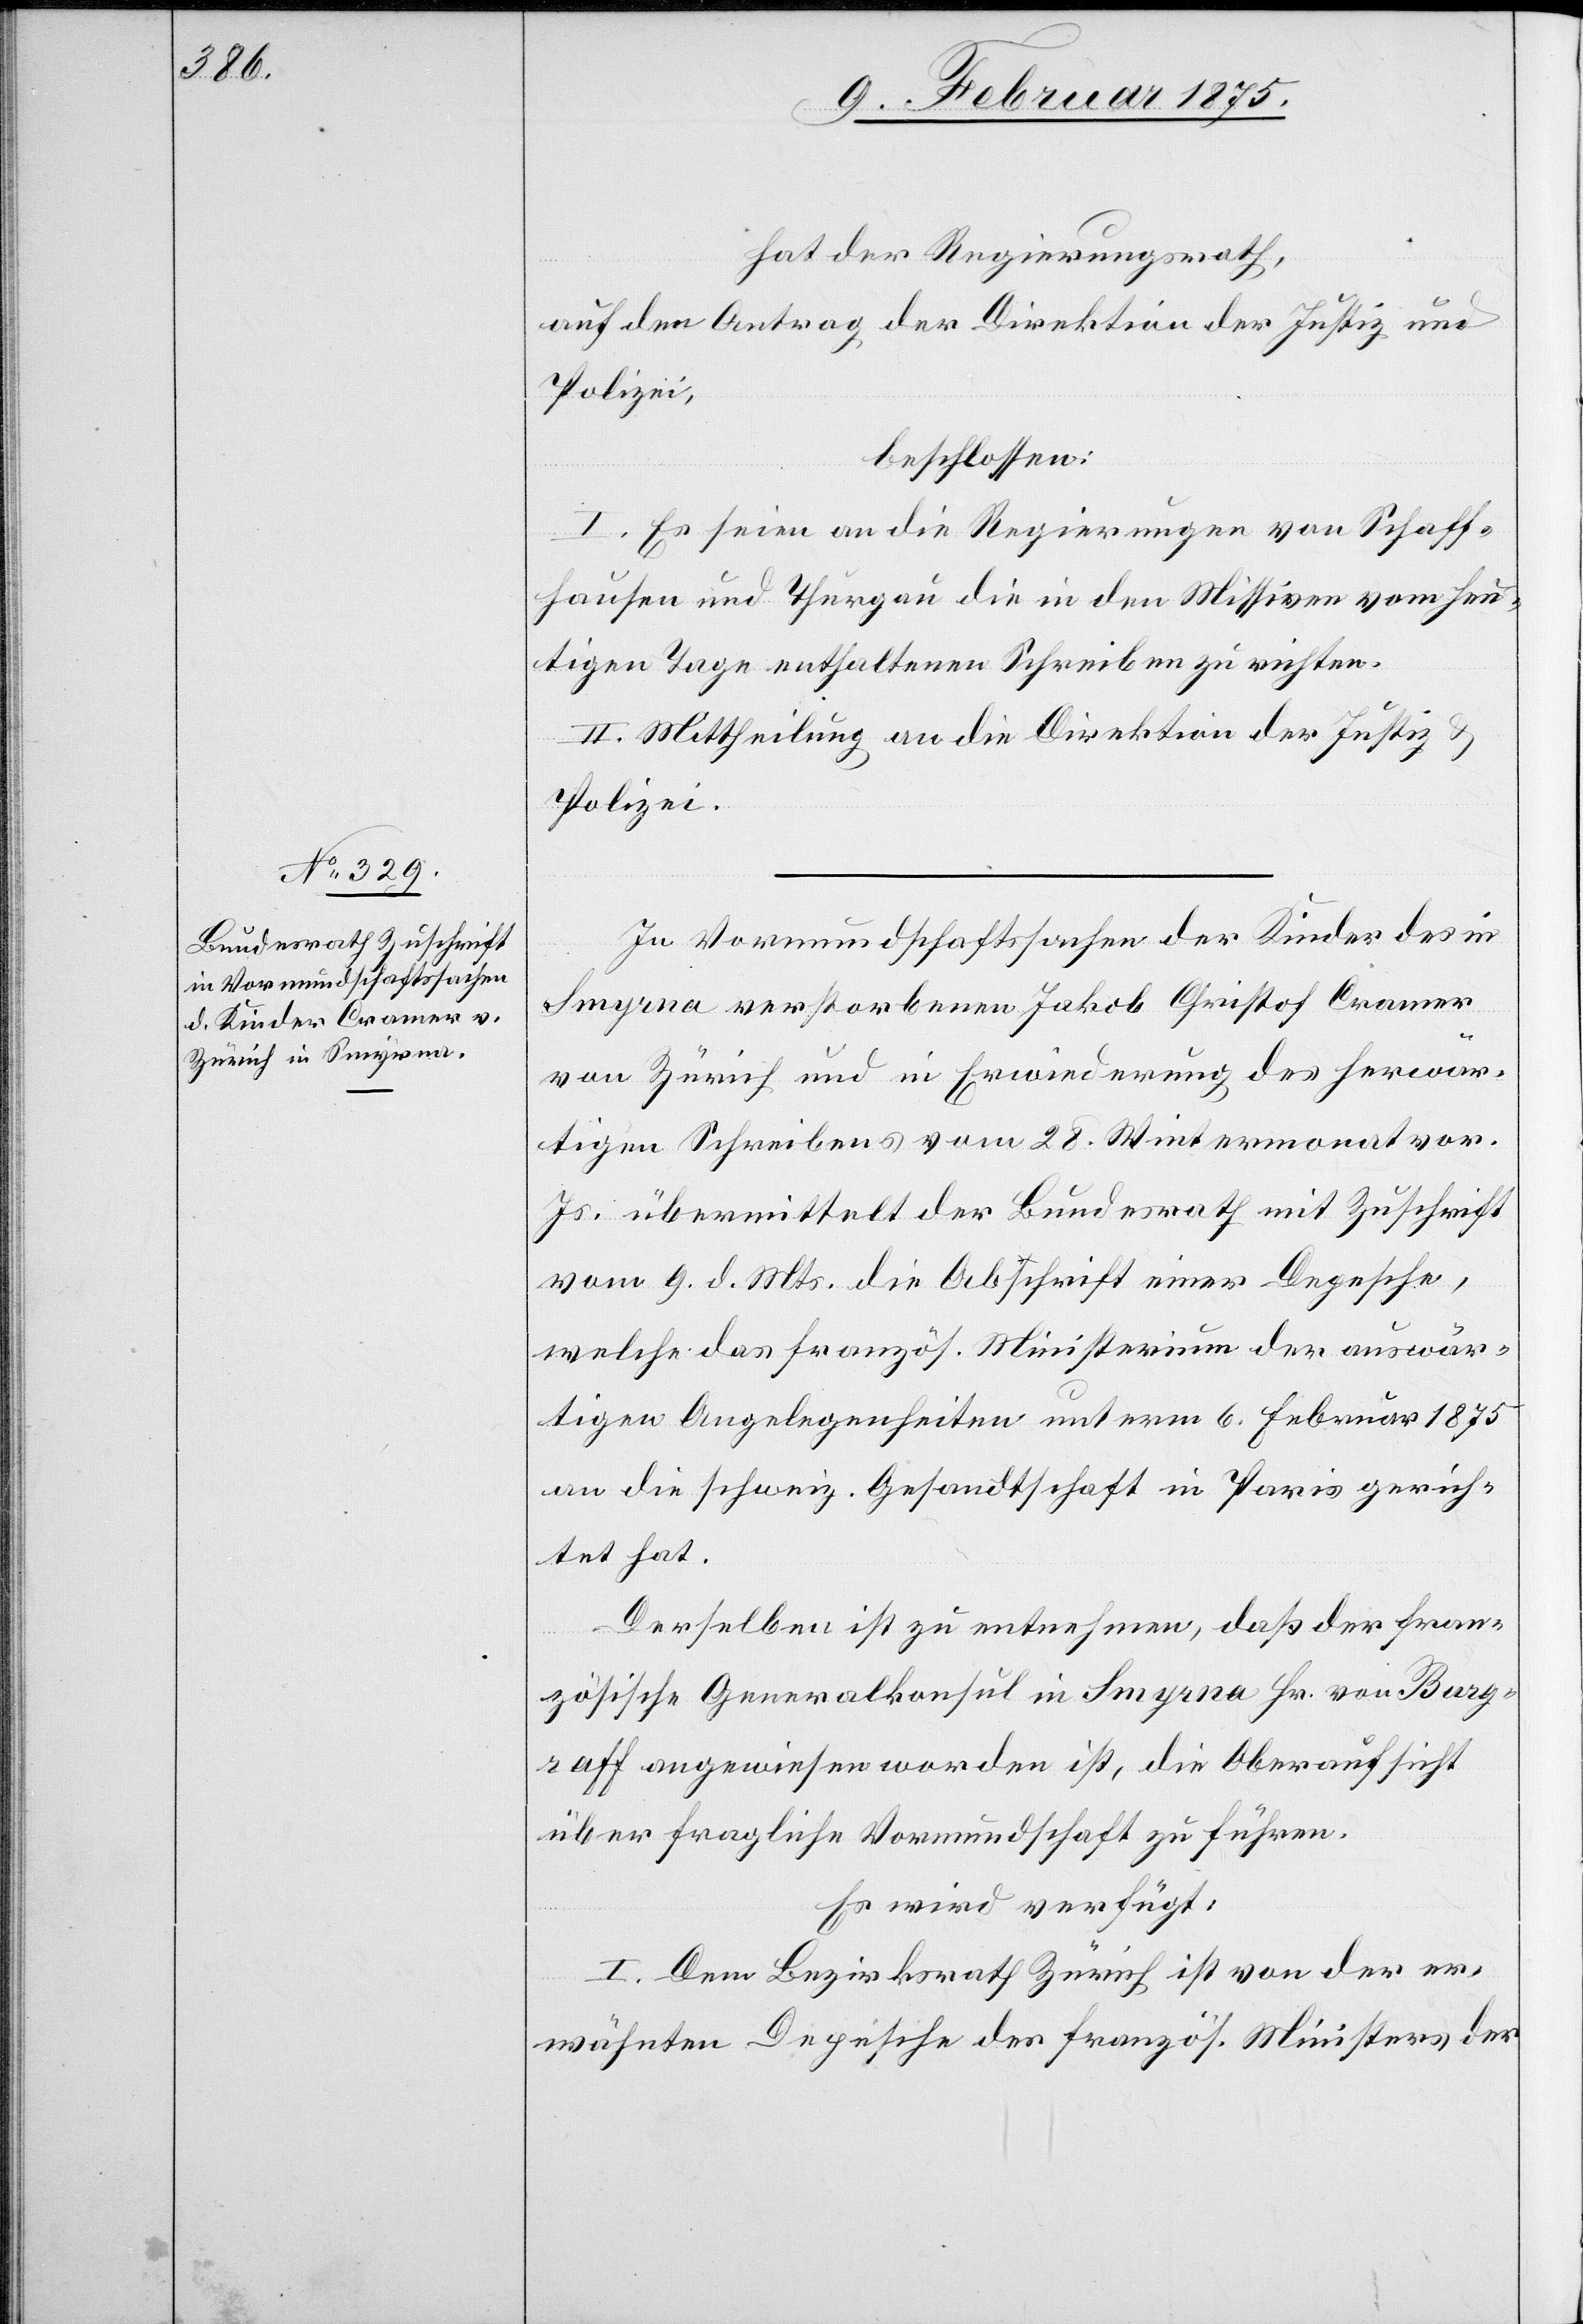
10. Februar 1875.]
hat der Regierungsrath,
auf den Antrag der Direktion der Justiz und
Polizei,
beschlossen:
I. Es seien an die Regierungen von Schaff¬
hausen und Thurgau die in den Missiven vom heu¬
tigen Tage enthaltene Schreiben zu richten.
II. Mittheilung an die Direktion der Justiz &
Polizei.
In Vormundschaftssachen der Kinder des in
Smyrna verstorbenen Christof Cramer
von Zürich und in Erwiederung des herwär¬
tigen Schreibens vom 28. Wintermonat vor.
Js. übermittelt der Bundesrath mit Zuschrift
vom 9. d. Mts. die Abschrift einer Depesche,
welche das französ. Ministerium der auswär¬
tigen Angelegenheiten unterm 6. Februar 1875
an die schweiz. Gesandtschaft in Paris gerich¬
tet hat.
Derselben ist zu entnehmen, daß der fran¬
zösische Generalkonsul in Smyrna Hr. von Burg¬
raff angewiesen worden ist, die Oberaufsicht
über fragliche Vormundschaft zu führen.
Es wird verfügt:
I. Dem Bezirksrath Zürich ist von der er¬
wähnten Depesche des französ. Ministers der